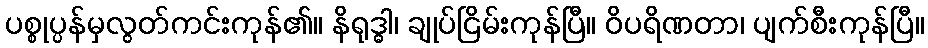
ပစ္စုပ္ပန်မှလွတ်ကင်းကုန်၏။ နိရုဒ္ဓါ၊ ချုပ်ငြိမ်းကုန်ပြီ။ ဝိပရိဏတာ၊ ပျက်စီးကုန်ပြီ။